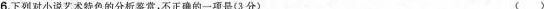
6.下列对小说艺术特色的分析鉴赏，不正确的一项是(3分) （）